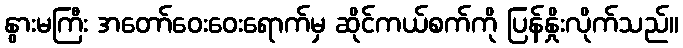
နွားမကြီး အတော်ဝေးဝေးရောက်မှ ဆိုင်ကယ်စက်ကို ပြန်နှိုးလိုက်သည်။